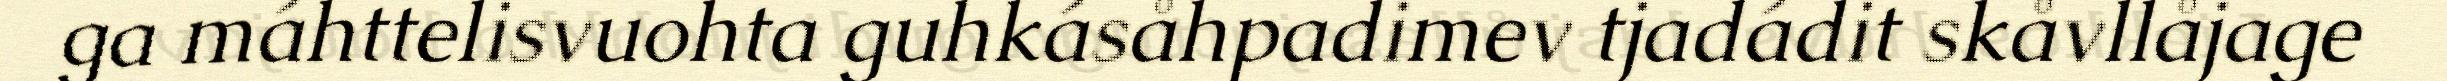
ga máhttelisvuohta guhkásåhpadimev tjadádit skåvllåjage